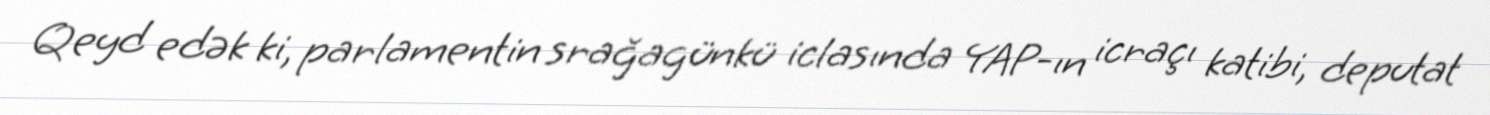
Qeyd edək ki, parlamentin srağagünkü iclasında YAP-ın icraçı katibi, deputat